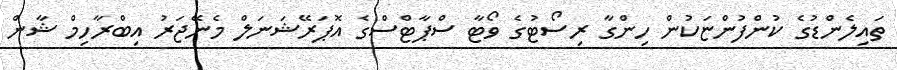
ތައިލެންޑުގެ ކުންފުންޏަކުން ހިންގާ ރިސޯޓުގެ ވޯޓާ ސްޕާޓްސްގެ އޮޕަރޭޝަނަލް މެނޭޖަރު އިބްރާހިމް ޝާން